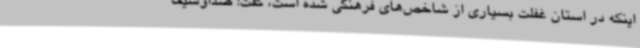
اینکه در استان غفلت بسیاری از شاخص‌های فرهنگی شده است، گفت: صداوسیما